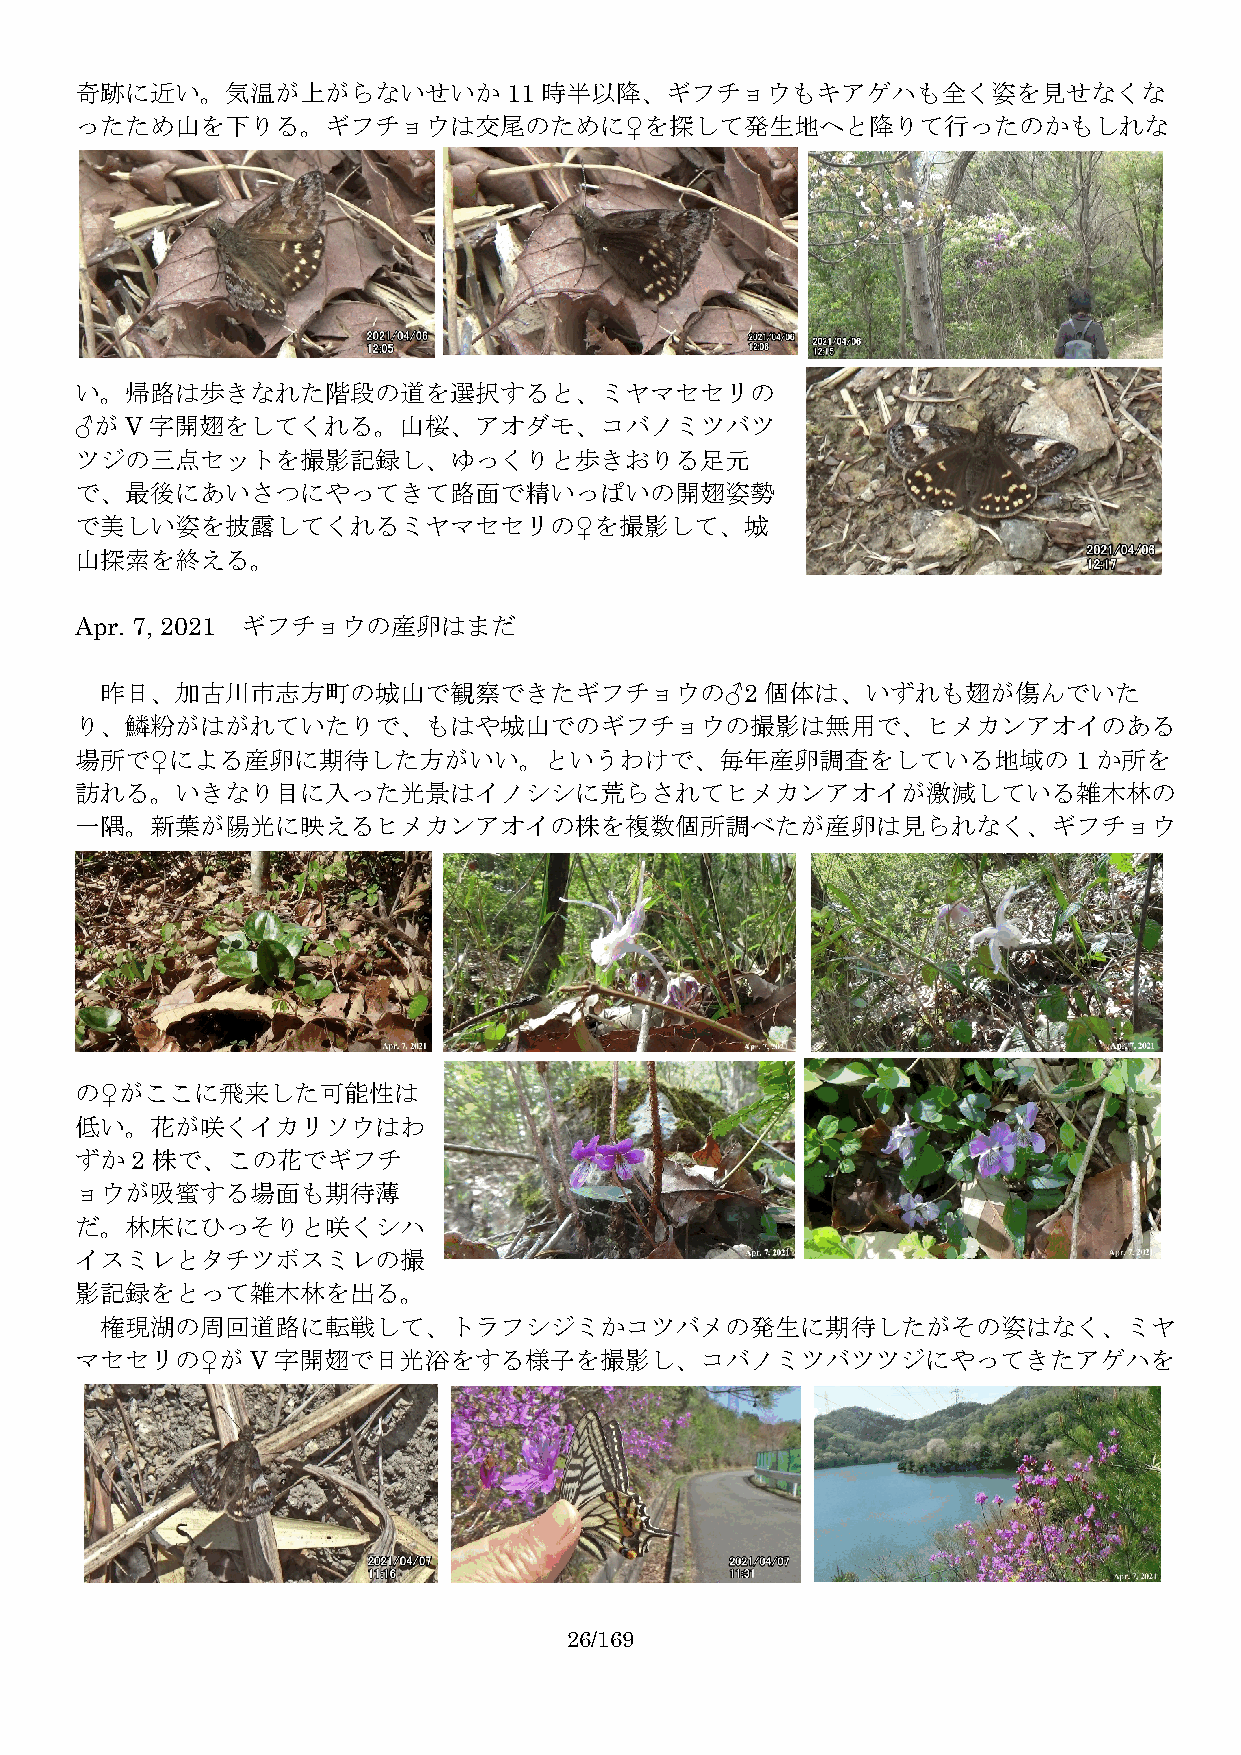
奇跡に近い。気温が上がらないせいか11            時半以降、ギフチョウもキアゲハも全く姿を見せなくな
 ったため山を下りる。ギフチョウは交尾のために♀を探して発生地へと降りて行ったのかもしれな
 い。帰路は歩きなれた階段の道を選択すると、ミヤマセセリの
 ♂がV字開翅をしてくれる。山桜、アオダモ、コバノミツバツ
 ツジの三点セットを撮影記録し、ゆっくりと歩きおりる足元
 で、最後にあいさつにやってきて路面で精いっぱいの開翅姿勢
 で美しい姿を披露してくれるミヤマセセリの♀を撮影して、城
 山探索を終える。
 Apr. 7, 2021 ギフチョウの産卵はまだ
 昨日、加古川市志方町の城山で観察できたギフチョウの♂2                 個体は、いずれも翅が傷んでいた
 り、鱗粉がはがれていたりで、もはや城山でのギフチョウの撮影は無用で、ヒメカンアオイのある
 場所で♀による産卵に期待した方がいい。というわけで、毎年産卵調査をしている地域の1                           か所を
 訪れる。いきなり目に入った光景はイノシシに荒らされてヒメカンアオイが激減している雑木林の
 一隅。新葉が陽光に映えるヒメカンアオイの株を複数個所調べたが産卵は見られなく、ギフチョウ
 の♀がここに飛来した可能性は
 低い。花が咲くイカリソウはわ
 ずか2  株で、この花でギフチ
 ョウが吸蜜する場面も期待薄
 だ。林床にひっそりと咲くシハ
 イスミレとタチツボスミレの撮
 影記録をとって雑木林を出る。
 権現湖の周回道路に転戦して、トラフシジミかコツバメの発生に期待したがその姿はなく、ミヤ
 マセセリの♀がV字開翅で日光浴をする様子を撮影し、コバノミツバツツジにやってきたアゲハを
 26/169